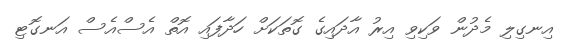
އިނގިލި މެދުން ވަކިވި އިރު އާދައިގެ ގޮތަކަށް ހަދާފައި އޮތް އެސްއެސް އަނގޮޓި